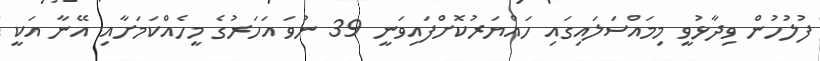
ފުލުހުން ވިދާޅުވީ މިމައްސަލައިގައި ހައްޔަރުކޮށްފައިވަނީ 39 ނުވަ އަހަރުގެ މީހެއްކަމަށާއި އޭނާ އަކީ